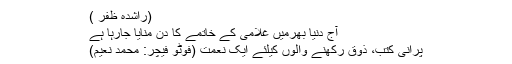
(راشدہ ظفر )
آج دنیا بھرمیں غلامی کے خاتمے کا دن منایا جارہا ہے
پرانی کتب، ذوق رکھنے والوں کیلئے ایک نعمت (فوٹو فیچر: محمد نعیم)